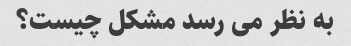
به نظر می رسد مشکل چیست؟